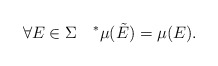
\begin{align*}\forall E\in\Sigma\quad^{\ast}\mu(\tilde{E})=\mu(E).\end{align*}